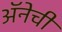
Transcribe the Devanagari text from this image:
अॅनेची